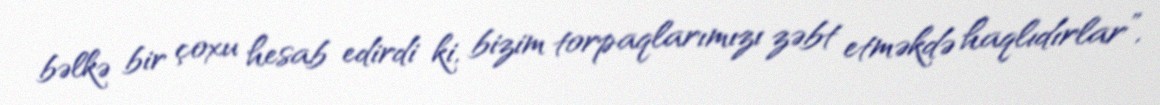
bəlkə bir çoxu hesab edirdi ki, bizim torpaqlarımızı zəbt etməkdə haqlıdırlar”,